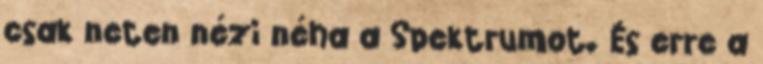
csak neten nézi néha a Spektrumot. És erre a